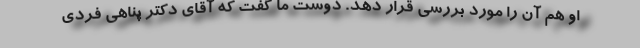
او هم آن را مورد بررسی قرار دهد. دوست ما گفت که آقای دکتر پناهی فردی